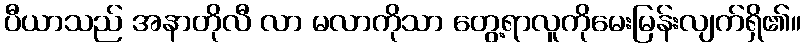
ပီယာသည် အနာတိုလီ လာ မလာကိုသာ တွေ့ရာလူကိုမေးမြန်းလျက်ရှိ၏။